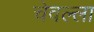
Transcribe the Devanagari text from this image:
चेवल्ला